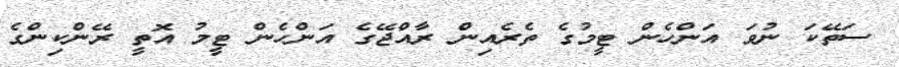
ސަތޭކަ ނުވަ އަންހެން ޓީމުގެ ތެރެއިން ރާއްޖޭގެ އަންހެން ޓީމު އޮތީ ރޭންކިންގެ